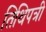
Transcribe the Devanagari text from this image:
तिथिपत्री